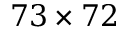
7 3 \times 7 2